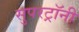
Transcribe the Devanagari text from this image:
सुपरट्रॉनी